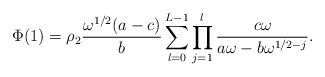
\begin{align*}\Phi(1)=\rho_2\frac{\omega^{1/2}(a-c)}{b}\sum^{L-1}_{l=0}\prod^l_{j=1}\frac{c\omega}{a\omega-b\omega^{1/2-j}}.\end{align*}